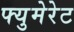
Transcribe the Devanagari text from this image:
फ्युमेरेट